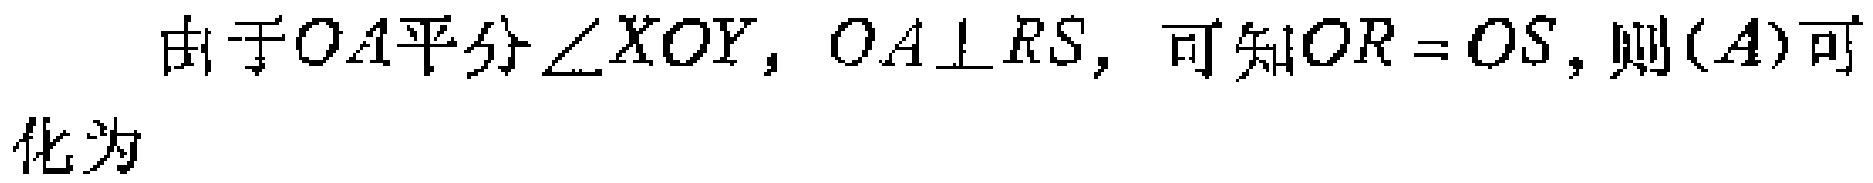
由于$OA$平分$\angle XOY$，$OA\perp RS$，可知$OR = OS$，则$(A)$可化为